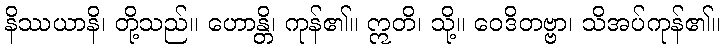
နိဿယာနိ၊ တို့သည်။ ဟောန္တိ၊ ကုန်၏။ ဣတိ၊ သို့။ ဝေဒိတဗ္ဗာ၊ သိအပ်ကုန်၏။